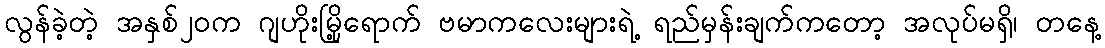
လွန်ခဲ့တဲ့ အနှစ်၂၀က ဂျဟိုးမြို့ရောက် ဗမာကလေးများရဲ့ ရည်မှန်းချက်ကတော့ အလုပ်မရှိ၊ တနေ့